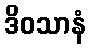
ဒိဝသာနံ